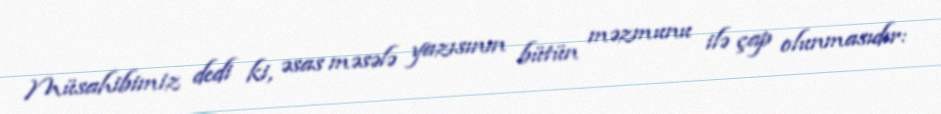
Müsahibimiz dedi ki, əsas məsələ yazısının bütün məzmunu ilə çap olunmasıdır: